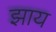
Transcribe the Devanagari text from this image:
झाय